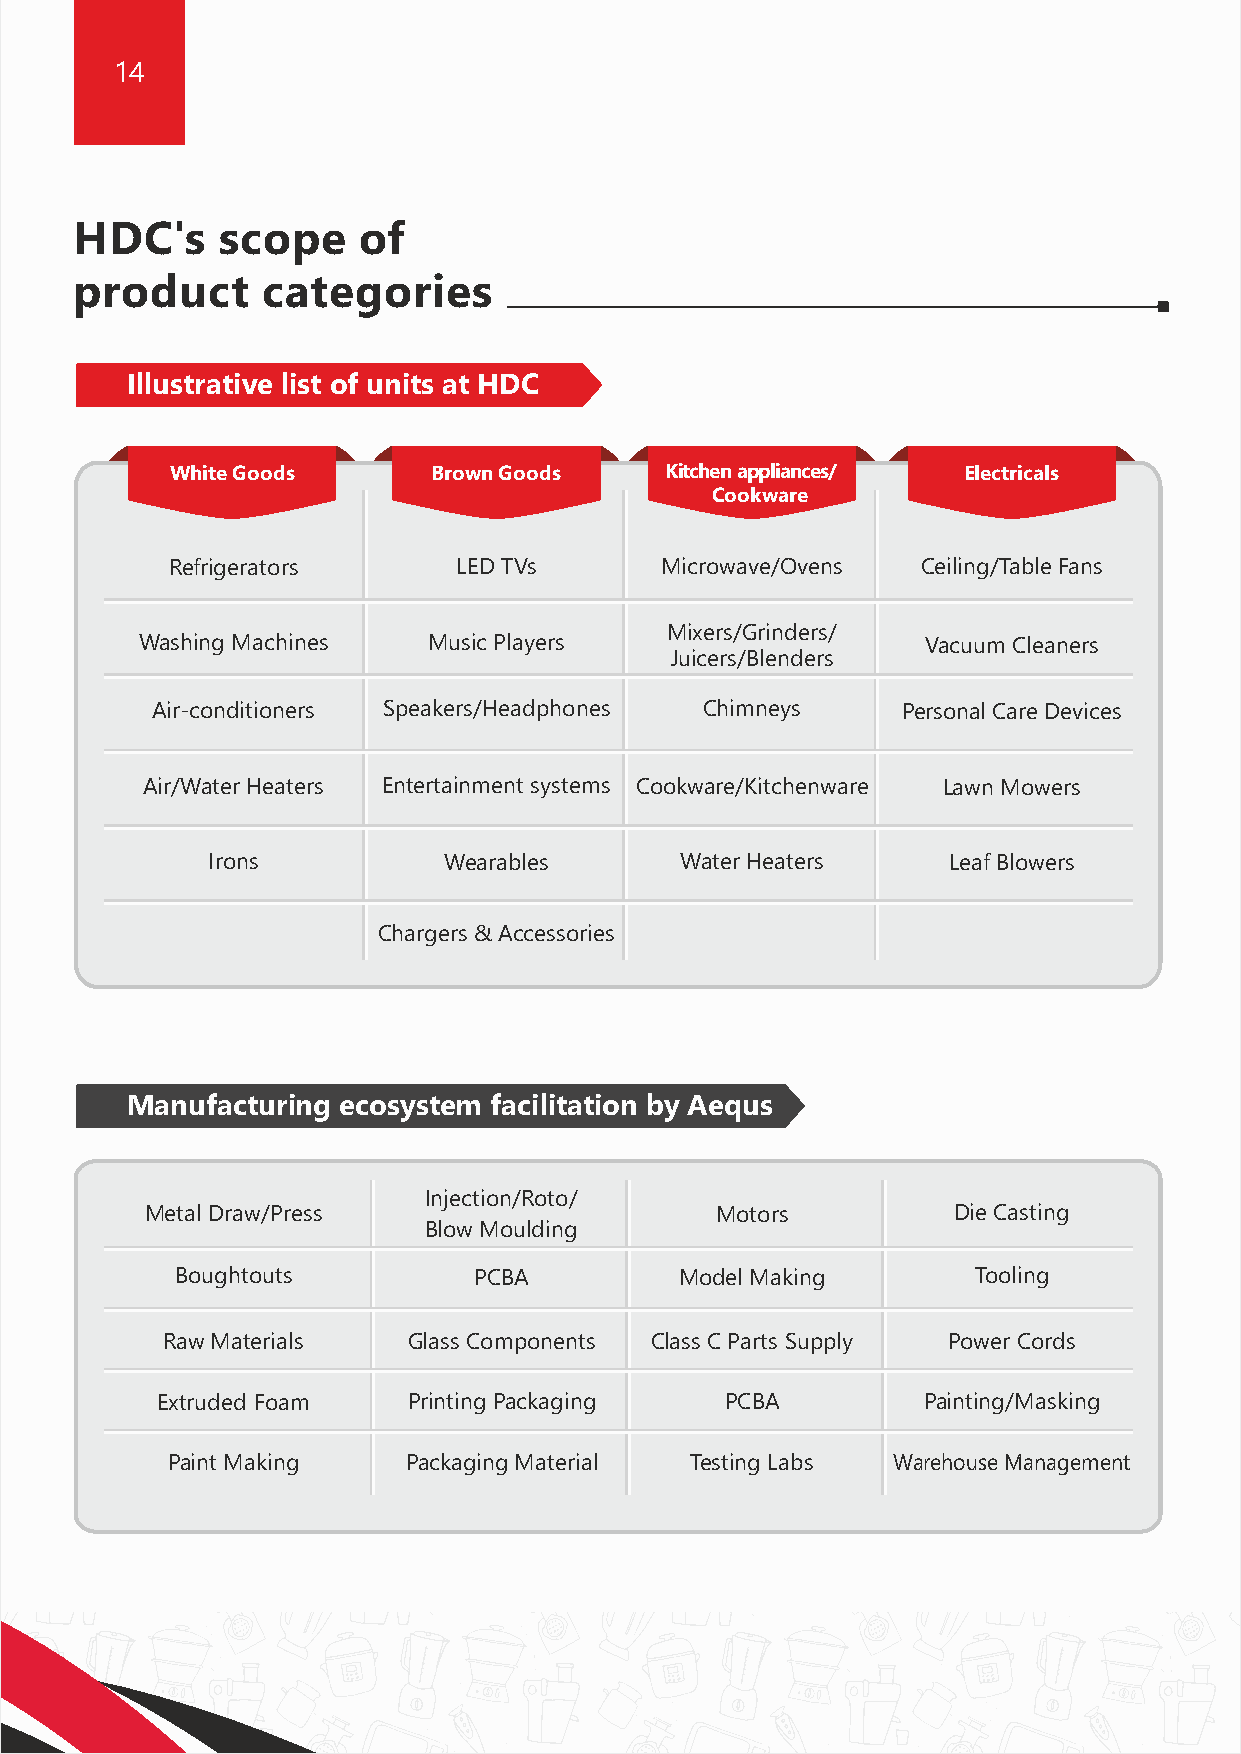
14                                                                                                                                                 15
 HDC's    scope     of                                                             Aequs'    Consumer        Durable     Goods     vertical:
 product     categories
 Contract     manufacturing         portfolio
 Illustrative list of units at HDC                                                           COOKWARE                          HOME  APPLIANCES
 White Goods       Brown Goods    Kitchen appliances/ Electricals
 Cookware
 Refrigerators      LED TVs       Microwave/Ovens  Ceiling/Table Fans
 Mixers/Grinders/
 Washing Machines   Music Players                    Vacuum Cleaners
 Juicers/Blenders
 NON-STICK PANS
 Air-conditioners Speakers/Headphones Chimneys     Personal Care Devices
 Air/Water Heaters Entertainment systems Cookware/Kitchenware Lawn Mowers
 MIXERS, GRINDERS, RICE COOKERS,
 INDUCTION COOKTOPS, KETTLES
 Irons          Wearables       Water Heaters     Leaf Blowers
 Chargers & Accessories
 SAUCEPANS,
 FRYING PANS              CHOPPERS
 Manufacturing ecosystem facilitation by Aequs
 Injection/Roto/
 Metal Draw/Press                     Motors          Die Casting
 Blow Moulding
 Boughtouts         PCBA          Model Making       Tooling
 CASSEROLE SETS, WOKS, GRILL PANS      TPW FANS, STEAM IRONS,
 & PANIYARAKKAL                        VACUUM CLEANERS, WATER HEATERS ETC.
 Raw Materials   Glass Components Class C Parts Supply Power Cords
 Extruded Foam    Printing Packaging   PCBA         Painting/Masking
 Built for scale, speed and ease of doing business. HDC will house
 Paint Making    Packaging Material Testing Labs Warehouse Management
 shared facilities including centres of excellence.